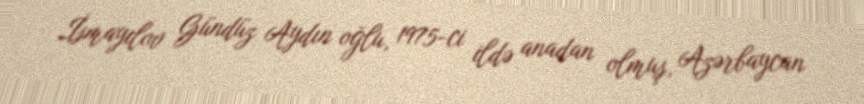
İsmayılov Gündüz Aydın oğlu, 1975-ci ildə anadan olmuş, Azərbaycan